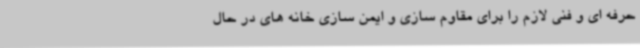
حرفه ای و فنی لازم را برای مقاوم سازی و ایمن سازی خانه های در حال